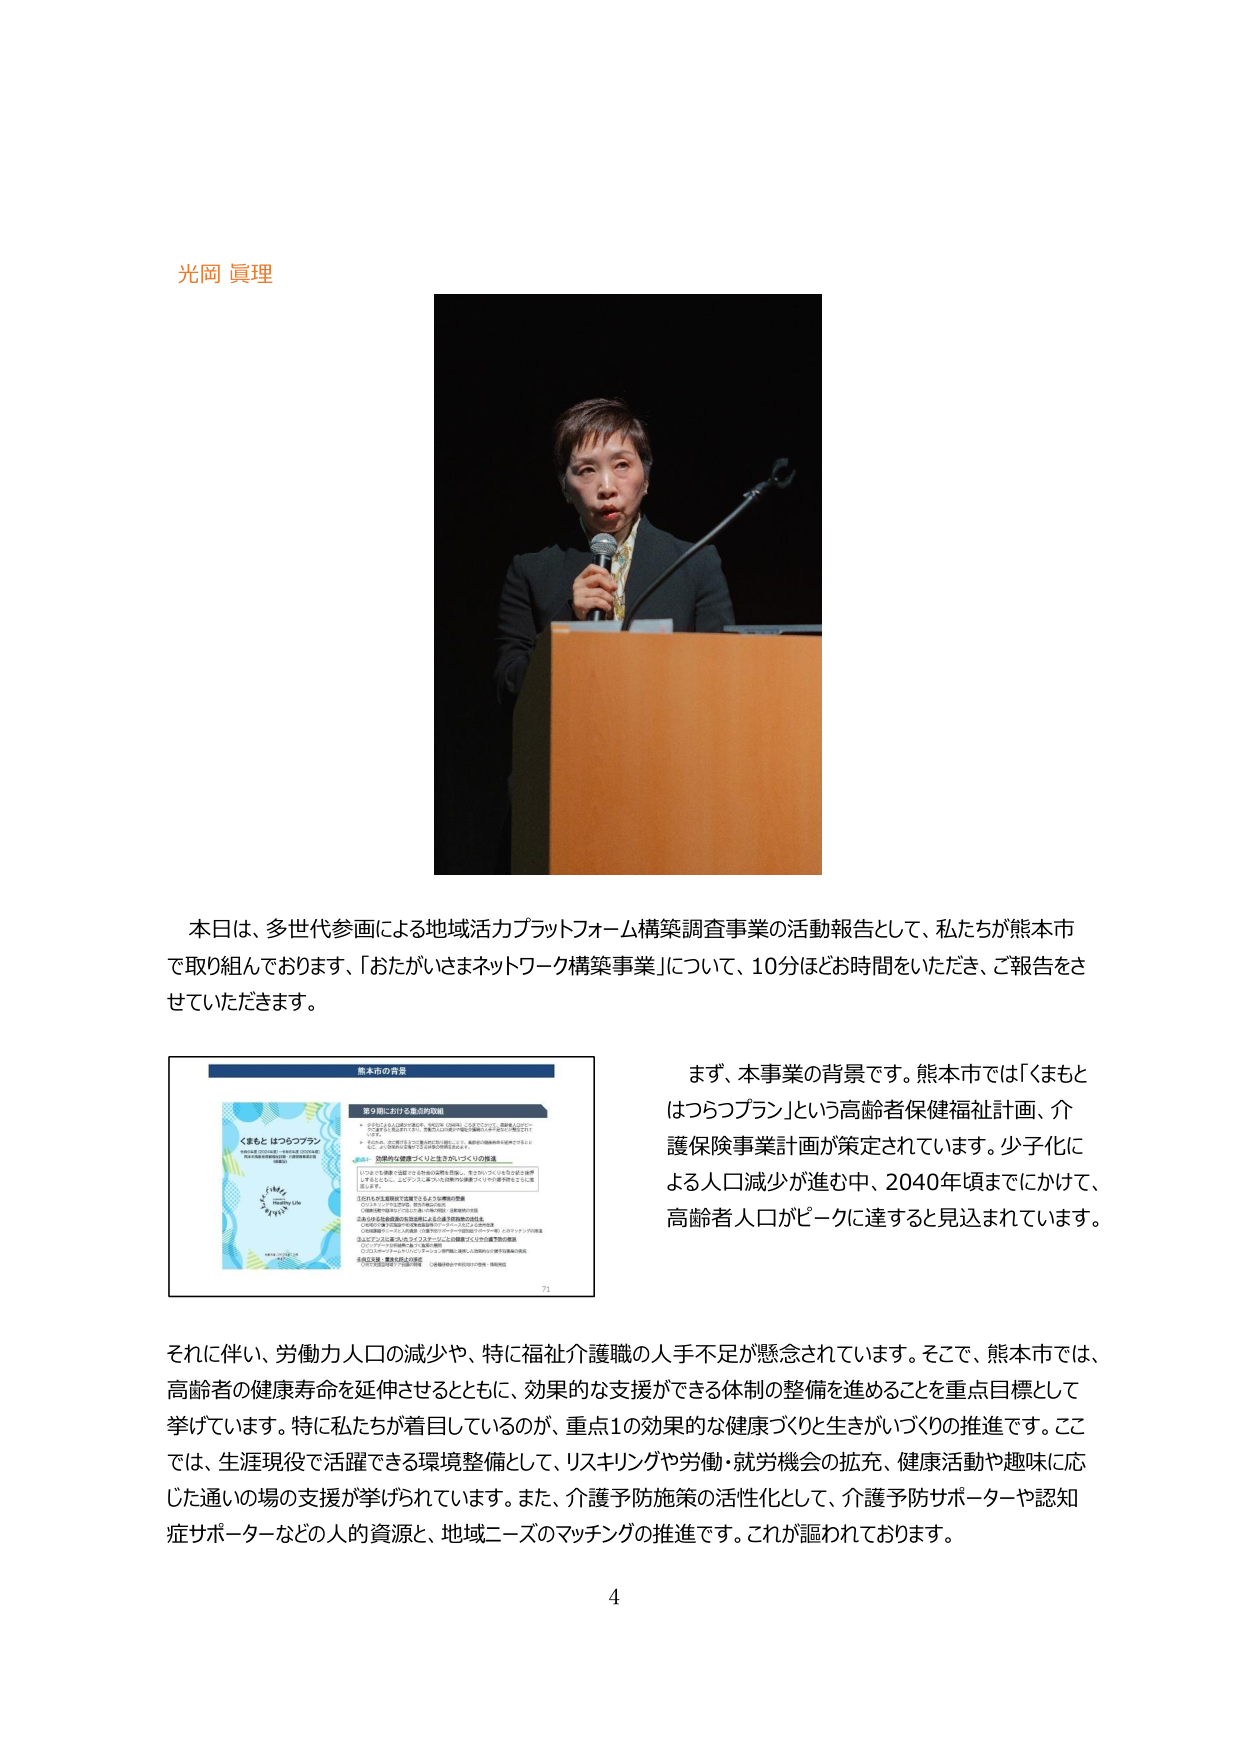
光岡 眞理

本日は、多世代参画による地域活力プラットフォーム構築調査事業の活動報告として、私たちが熊本市で取り組んでおります、「おたがいさまネットワーク構築事業」について、10分ほどお時間をいただき、ご報告をさせていただきます。

熊本市の背景
第9期における重点的取組
・ 2020年から2030年の10年間、熊本市は「くまもとはつらつプラン」を策定しており、高齢者人口ピークを迎える2040年までに、健康で元気な生活を送れる社会の実現を目指しています。
・ また、2023年度から2027年度の5年間の期間として、高齢者の健康寿命を延ばすとともに、効果的な支援ができる体制の整備を進めます。

①効果的な健康づくりと生きがいづくりの推進
・ リスクを意識する健康づくりや趣味の活動を推進し、生きがいづくりを図る支援を実施します。また、健康づくりと生きがいづくりの推進に必要な人材の確保を図ります。

②切れ目なき健康で活躍できるような環境の整備
①高齢者雇用の推進や介護予防・健康増進の支援
②高齢者雇用の推進や介護予防・健康増進の支援
③高齢者雇用の推進や介護予防・健康増進の支援

③あらゆる社会参加の充実を図ることによる高齢者の自立支援
①地域活動の支援（地域活動の支援や地域活動の支援）
②高齢者雇用の推進や介護予防・健康増進の支援
③高齢者雇用の推進や介護予防・健康増進の支援

④介護予防・健康増進の支援
①介護予防・健康増進の支援
②介護予防・健康増進の支援
③介護予防・健康増進の支援

くまもと はつらつプラン
熊本市高齢者保健福祉計画（2020年度～2030年度）
熊本市介護保険事業計画（2020年度～2030年度）

71

まず、本事業の背景です。熊本市では「くまもとはつらつプラン」という高齢者保健福祉計画、介護保険事業計画が策定されています。少子化による人口減少が進む中、2040年頃までにかけて、高齢者人口がピークに達すると見込まれています。

それに伴い、労働力人口の減少や、特に福祉介護職の人手不足が懸念されています。そこで、熊本市では、高齢者の健康寿命を延伸させるとともに、効果的な支援ができる体制の整備を進めることを重点目標として挙げています。特に私たちが着目しているのが、重点1の効果的な健康づくりと生きがいづくりの推進です。ここでは、生涯現役で活躍できる環境整備として、リスキングや労働・就労機会の拡充、健康活動や趣味に応じた通いの場の支援が挙げられています。また、介護予防施策の活性化として、介護予防サポーターや認知症サポーターなどの人的資源と、地域ニーズのマッチングの推進です。これが謳われております。

4